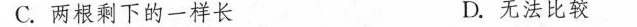
C.两根剩下的一样长 D.无法比较